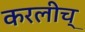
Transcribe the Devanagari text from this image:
करलीच्